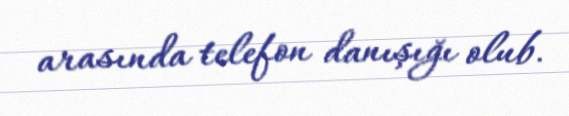
arasında telefon danışığı olub.